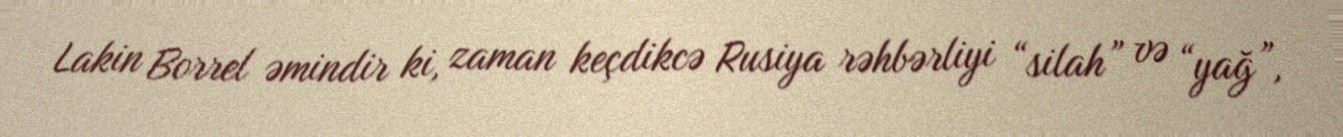
Lakin Borrel əmindir ki, zaman keçdikcə Rusiya rəhbərliyi “silah” və “yağ”,